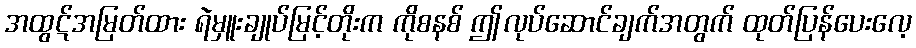
အထွဋ်အမြတ်ထား ရဲမှူးချုပ်မြင့်တိုးက ကိုစနစ် ဤလုပ်ဆောင်ချက်အတွက် ထုတ်ပြန်ပေးလေ့